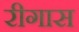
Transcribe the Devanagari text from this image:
रीगास